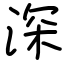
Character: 深